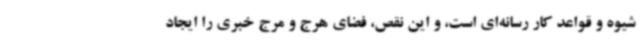
شیوه و قواعد کار رسانه‌ای است، و این نقص، فضای هرج و مرج خبری را ایجاد